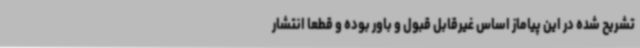
تشریح شده در این پیاماز اساس غیرقابل قبول و باور بوده و قطعا انتشار